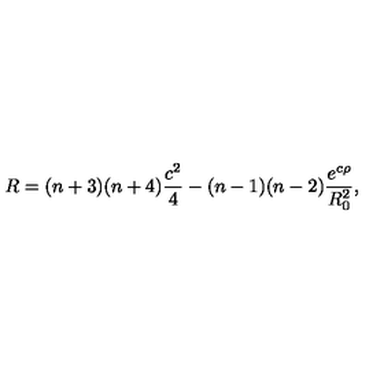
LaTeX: R = ( n + 3 ) ( n + 4 ) \frac { c ^ { 2 } } { 4 } - ( n - 1 ) ( n - 2 ) \frac { e ^ { c \rho } } { R _ { 0 } ^ { 2 } } ,